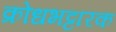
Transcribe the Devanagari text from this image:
क्रोधभट्टारक